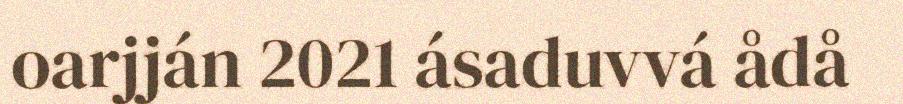
oarjján 2021 ásaduvvá ådå